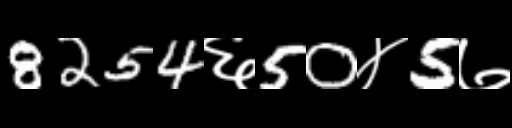
Text: 8254६50४5७